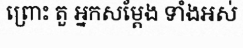
ព្រោះ តួ អ្នកសម្តែង ទាំងអស់